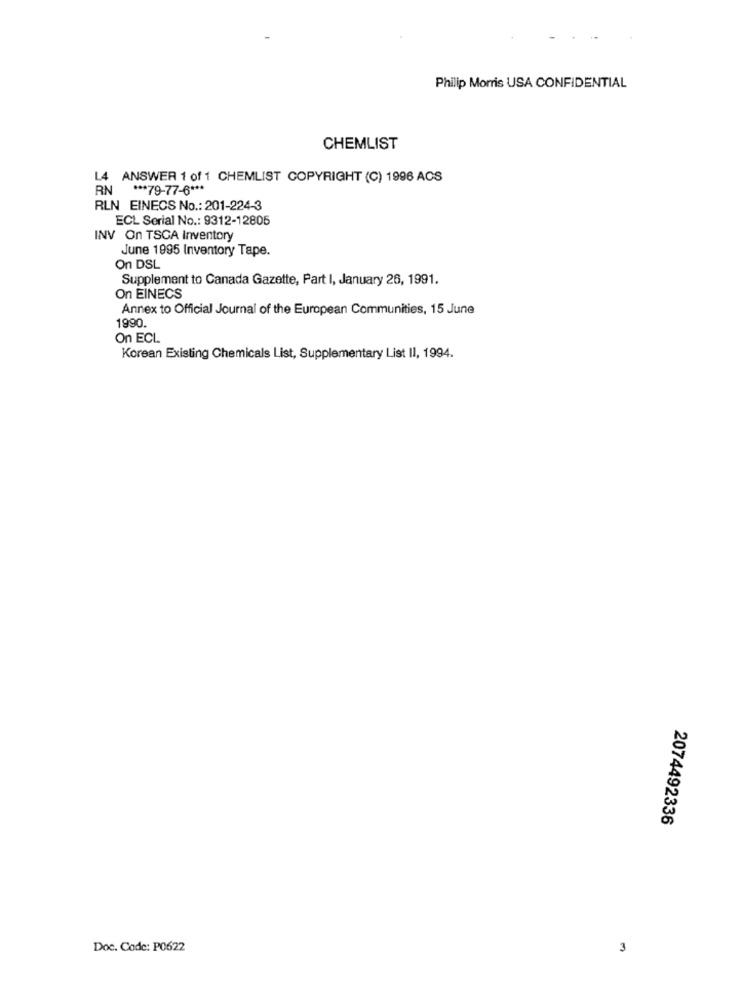
Philip Morris USA CONFIDENTIAL
CHEMLIST
L4 ANSWER 1 of 1 CHEMLIST COPYRIGHT (C) 1996 ACS
RN *** 79-77-6 ***
RLN EINECS No .: 201-224-3
ECL Serial No .: 9312-12805
INV On TSCA Inventory
June 1995 Inventory Tape.
On DSL
Supplement to Canada Gazette, Part I, January 26, 1991.
On EINECS
Annex to Official Journal of the European Communities, 15 June
1990
On ECL
Korean Existing Chemicals List, Supplementary List II, 1994.
2074492336
Doc. Code: P0622
3